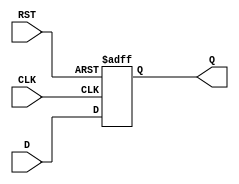
module StoreRegister #(
    parameter n = 8  // Parameter for the width of the register (default is 8 bits)
)(
    input  wire [n-1:0] D,    // Data input
    input  wire CLK,           // Clock input
    input  wire RST,           // Asynchronous reset
    output reg  [n-1:0] Q      // Data output
);

    // Always block for the sequential logic
    always @(posedge CLK or posedge RST) begin
        if (RST) begin
            Q <= {n{1'b0}}; // Asynchronous reset: set Q to 0
        end else begin
            Q <= D;         // Store the data input D on the clock edge
        end
    end

endmodule